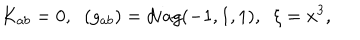
LaTeX: K _ { a b } = 0 , \; \; ( g _ { a b } ) = d i a g ( - 1 , 1 , 1 ) , \; \; \xi = x ^ { 3 } ,